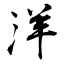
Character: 洋